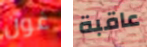
غون عاقبة